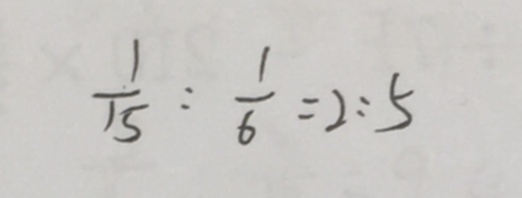
\frac { 1 } { 1 5 } : \frac { 1 } { 6 } = 2 : 5